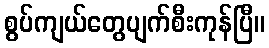
စွပ်ကျယ်တွေပျက်စီးကုန်ပြီ။